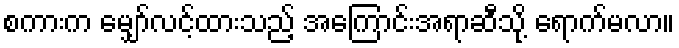
စကားက မျှော်လင့်ထားသည့် အကြောင်းအရာဆီသို့ ရောက်မလာ။